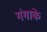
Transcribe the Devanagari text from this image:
गंगाके